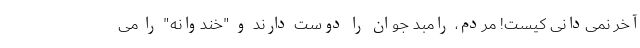
آخر نمی‌دانی کیست! مردم، رامبد جوان را دوست دارند و "خندوانه" را می